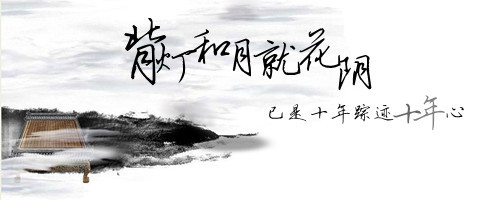
背灯和月就花阴，已是十年踪迹十年心。